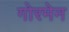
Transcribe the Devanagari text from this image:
गोरमेन